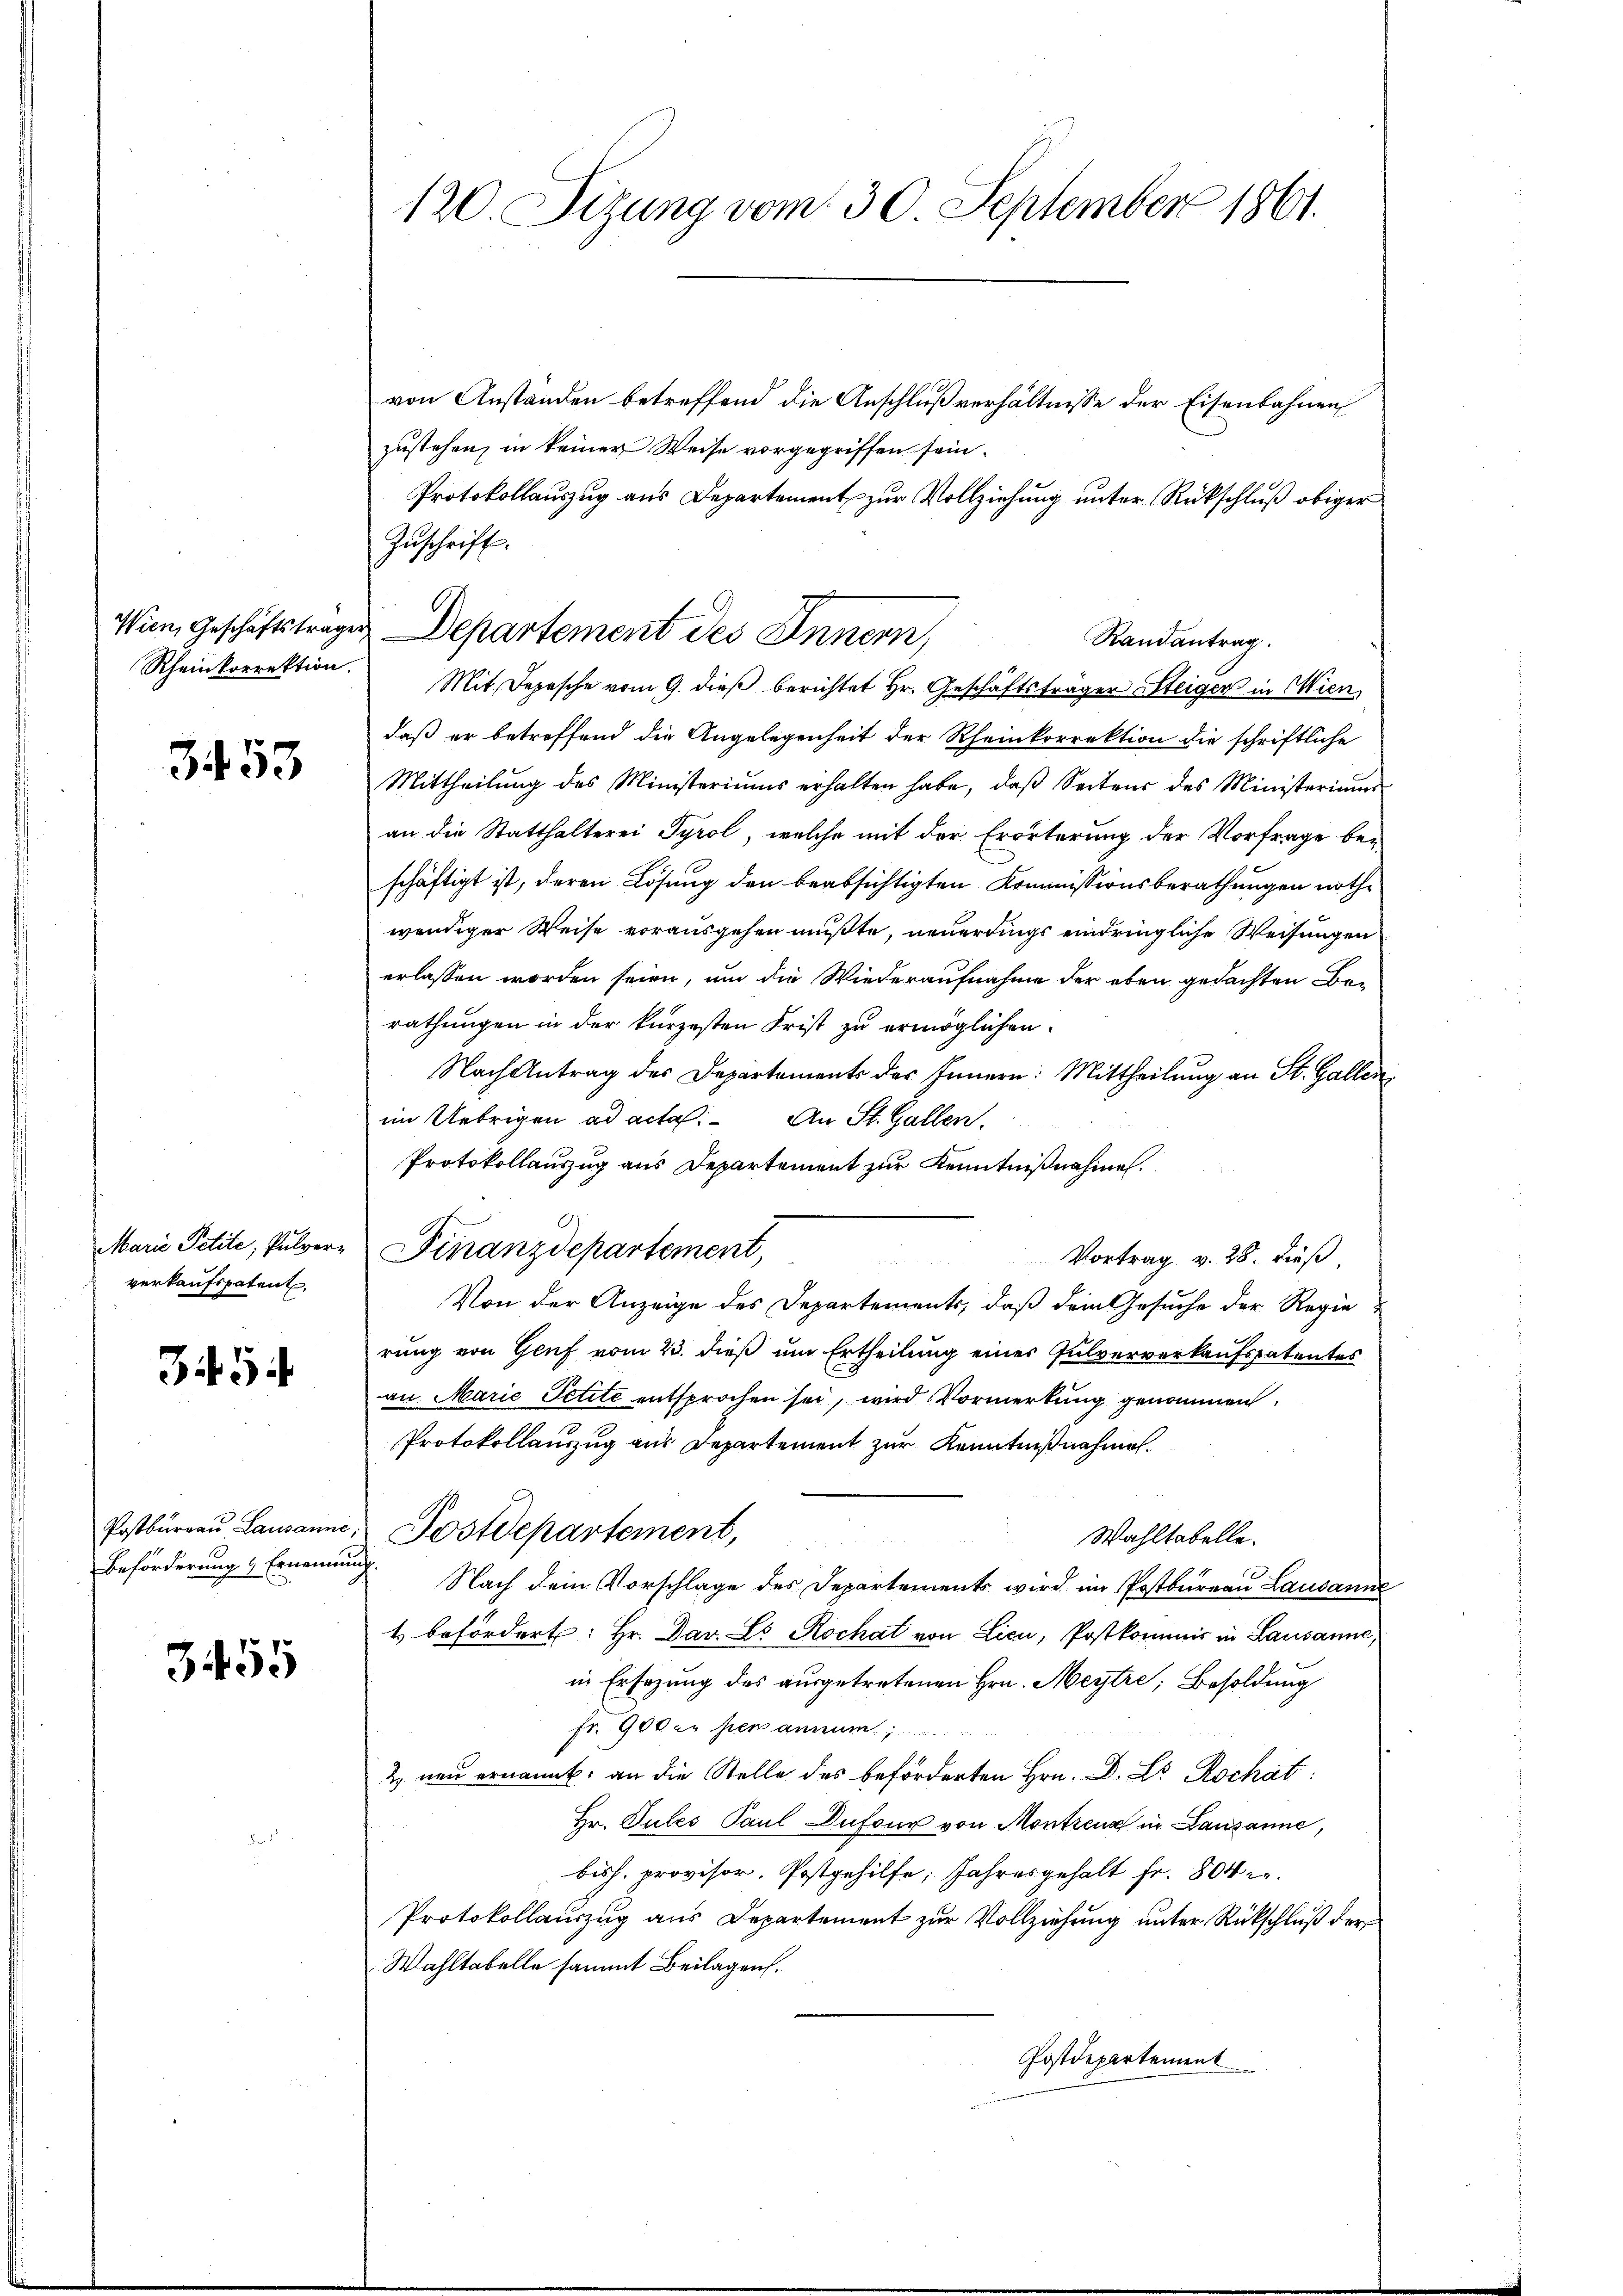
Wien, Geschäftstrage
Rheinkorrektion.

3453

Marie Petité, Pulververkaufspatent

3454

Postbureau Lausanne
Beförderung & Ernennung

3455

120. Sizung vom 30. September 1861.

von Anstanden betreffend die Anschlußverhältnisse der Eisenbahnen
zustehen, in keiner Weise vorgegriffen sein.
Protokollauszug aus Departement zur Vollziehung unter Rückschluß obiger
Zŭschrift.
Mit Depesche vom 9. dieß berichtet Hr. Geschäftsträger Steigen in Wien
daß er betreffend die Angelegenheit der Rheinkorrektion die schriftliche
Mittheilŭng des Ministeriums erhalten habe, daβ Seitens des Ministeriums
an die Statthalterei Tyrol, welche mit der Erörterung der Vorfrage beschäftigt ist, deren Lösung den beabsichtigten Kommissionsberathungen nothwendiger Weise vorausgehen mußte, neuerungs eindringliche Weisungen
erlassen worden seien, um die Wiederaufnahme der eben gedachten Berathungen in der kürzesten Frist zu ermöglichen.
Nach Antrag des Departements des Innern: Mittheilung an St. Gallen
im Uebrigen ad acta. An St. Gallen.
Protokollauszug aus Departement zur Kenntnißnahmen.
Finanzdepartement,
Vortrag v. 28. dieß

Von der Anzeige des Departements, daß dem Gesuche der Regierung von Genf vom 23. dieß um Ertheilung einer Pulververkaufspatentes
an Marie Petite entsprochen sei, wird Vormerkung genommen.
Protokollauszug aus Departement zur Kenntnißnahmen.
Postdepartement,
Wahltabelle.
Nach dem Vorschlage des Departements wird im Postbureau Lausanne
t befördert: Hr. Das Lo Rochat von Lici, Postkommis in Lausanne,
in Ersezung des ausgetretenen Hrn. Meytre; Besoldung
fr. 900 in per annum;
& neu ernannt, an die Stelle des beförderten Hrn. D. Dr Rochat
Hr. Gutes Paul Dufour von Montreux in Lausanne,
biss. provisor, Postgehilfe, Jahresgehalt Fr. 804 re
Protokollauszug aus Departement zur Vollziehung unter Rückschluß der
Wahltabelle sammt Beilagen.
Postdepartement

Departement des Innern,
Randantrag.